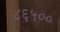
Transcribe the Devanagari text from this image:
८६५००